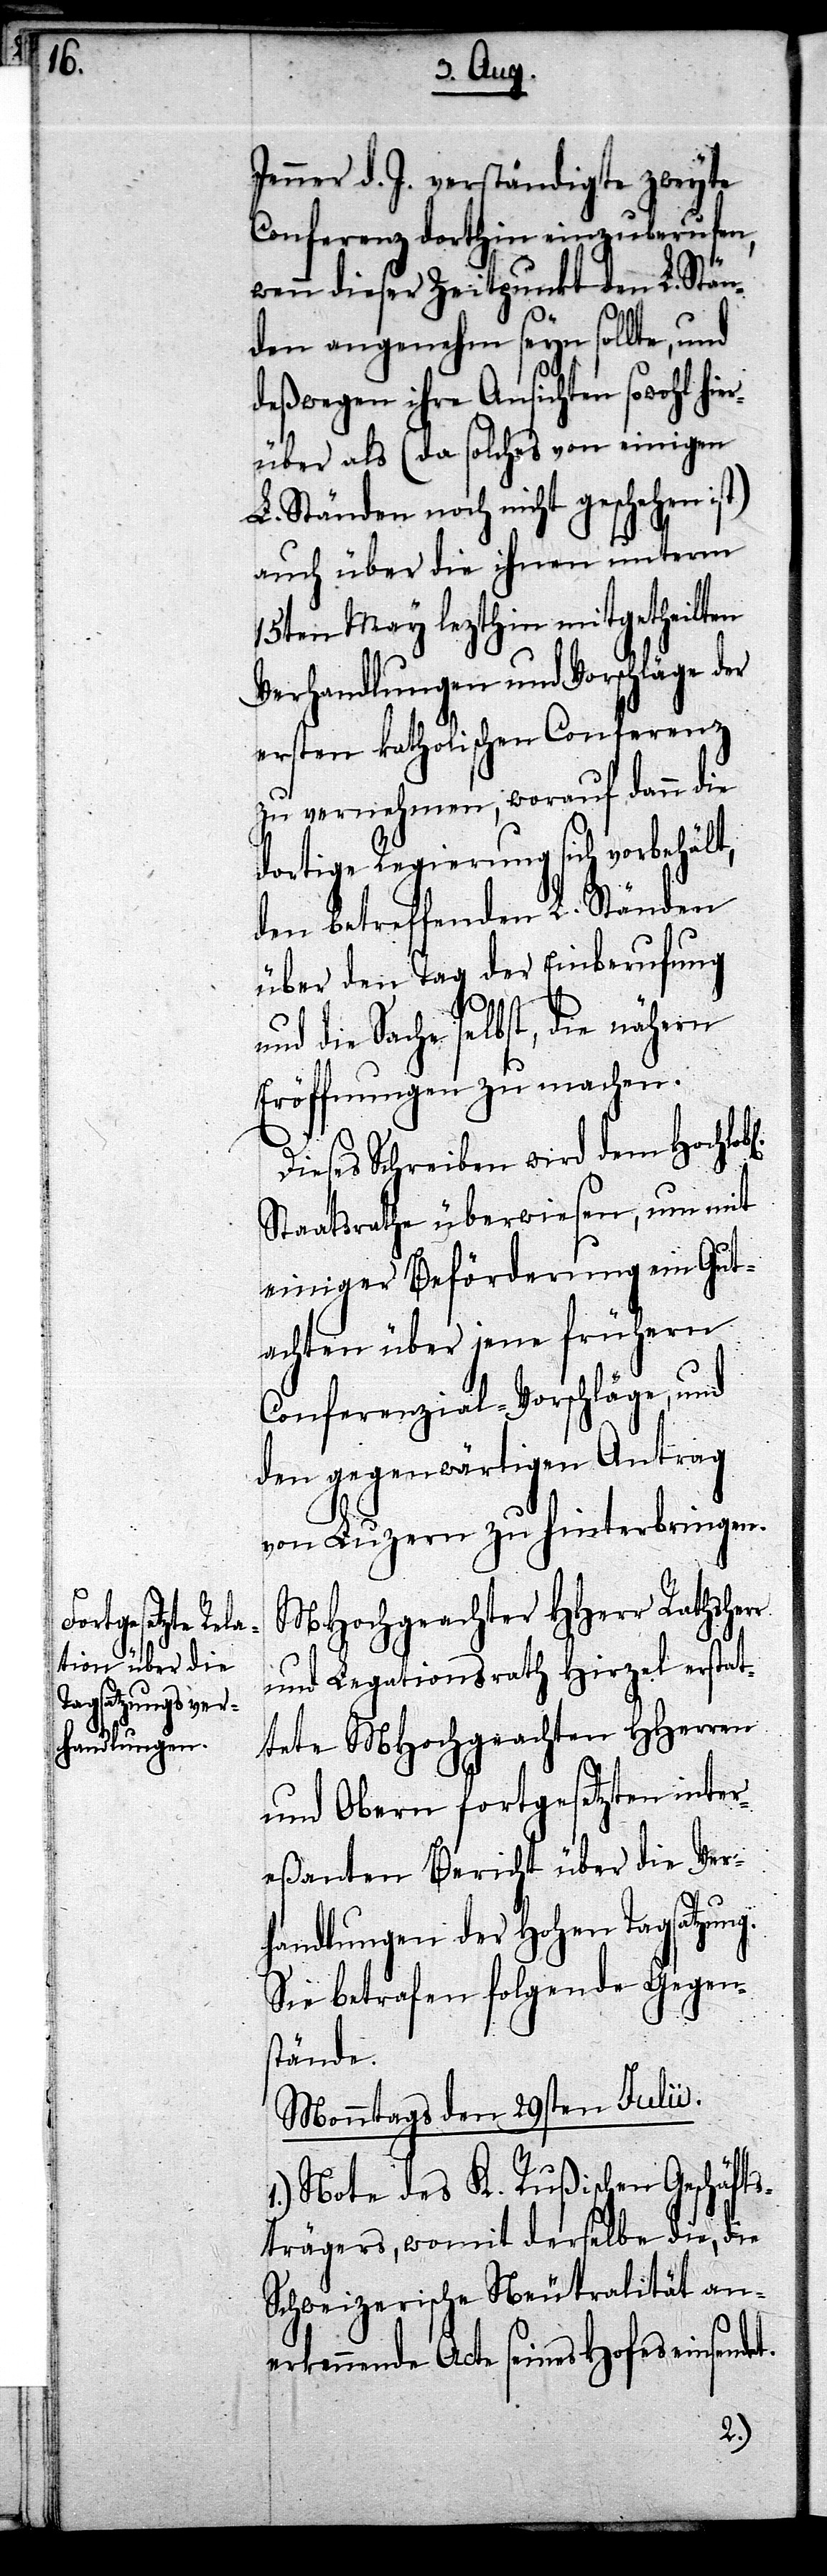
t.

er¬

Jenner d. J. verständigte zweyte
Conferenz dorthin einzuberufen,
wenn dieser Zeitpunkt den L. Stän¬
den angenehm seyn sollte, und
deßwegen ihre Ansichten sowohl hi¬
über als (da solches von einigen
L. Ständen noch nicht geschehen ist)
auch über die ihnen unterm
15ten May lezthin mitgetheilten
Verhandlungen und Vorschläge der
ersten katholischen Conferenz
zu vernehmen, worauf dann die
dortige Regierung sich vorbehält,
den betreffenden L. Ständen
über den Tag der Einberufung
die Sache selbst, die nähern
Eröffnungen zu machen.
Dieses Schreiben wird dem Hochlob¬
Staatsrathe überwiesen, um mit
einiger Beförderung ein Gut¬
achten über jene frühern
Conferenzial-Vorschläge, und
den gegenwärtigen Antrag
von Luzern zu hinterbringen.
MHochgeachter HHerr Rathsher¬
und Legationsrath Hirzel erstat¬
tete MHochgeachten HHerren
und Obern fortgesetzten inter¬
eßanten Bericht über die Ver¬
handlungen der Hohen Tagsatzung.
Sie betrafen folgende Gegen¬
stände.
Monntags den 29sten Julii.
Note des K. Rußischen Geschäfts¬
trägers, womit derselbe die, die
Schweizerische Neutralität an¬
erkennende Acte seines Hofes einsende¬
1.)